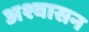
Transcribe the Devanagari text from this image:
अश्वासन